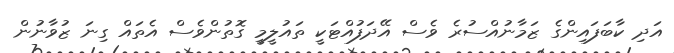
އަދި ކާބަފައިންގެ ޒަމާނުއްސުރެ ވެސް އޭދަފުއްޓަކީ ތައުލީމީ ގޮތުންވެސް އެތައް ގިނަ ޒުވާނުން